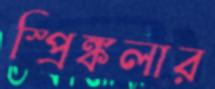
স্প্রিঙ্কলার